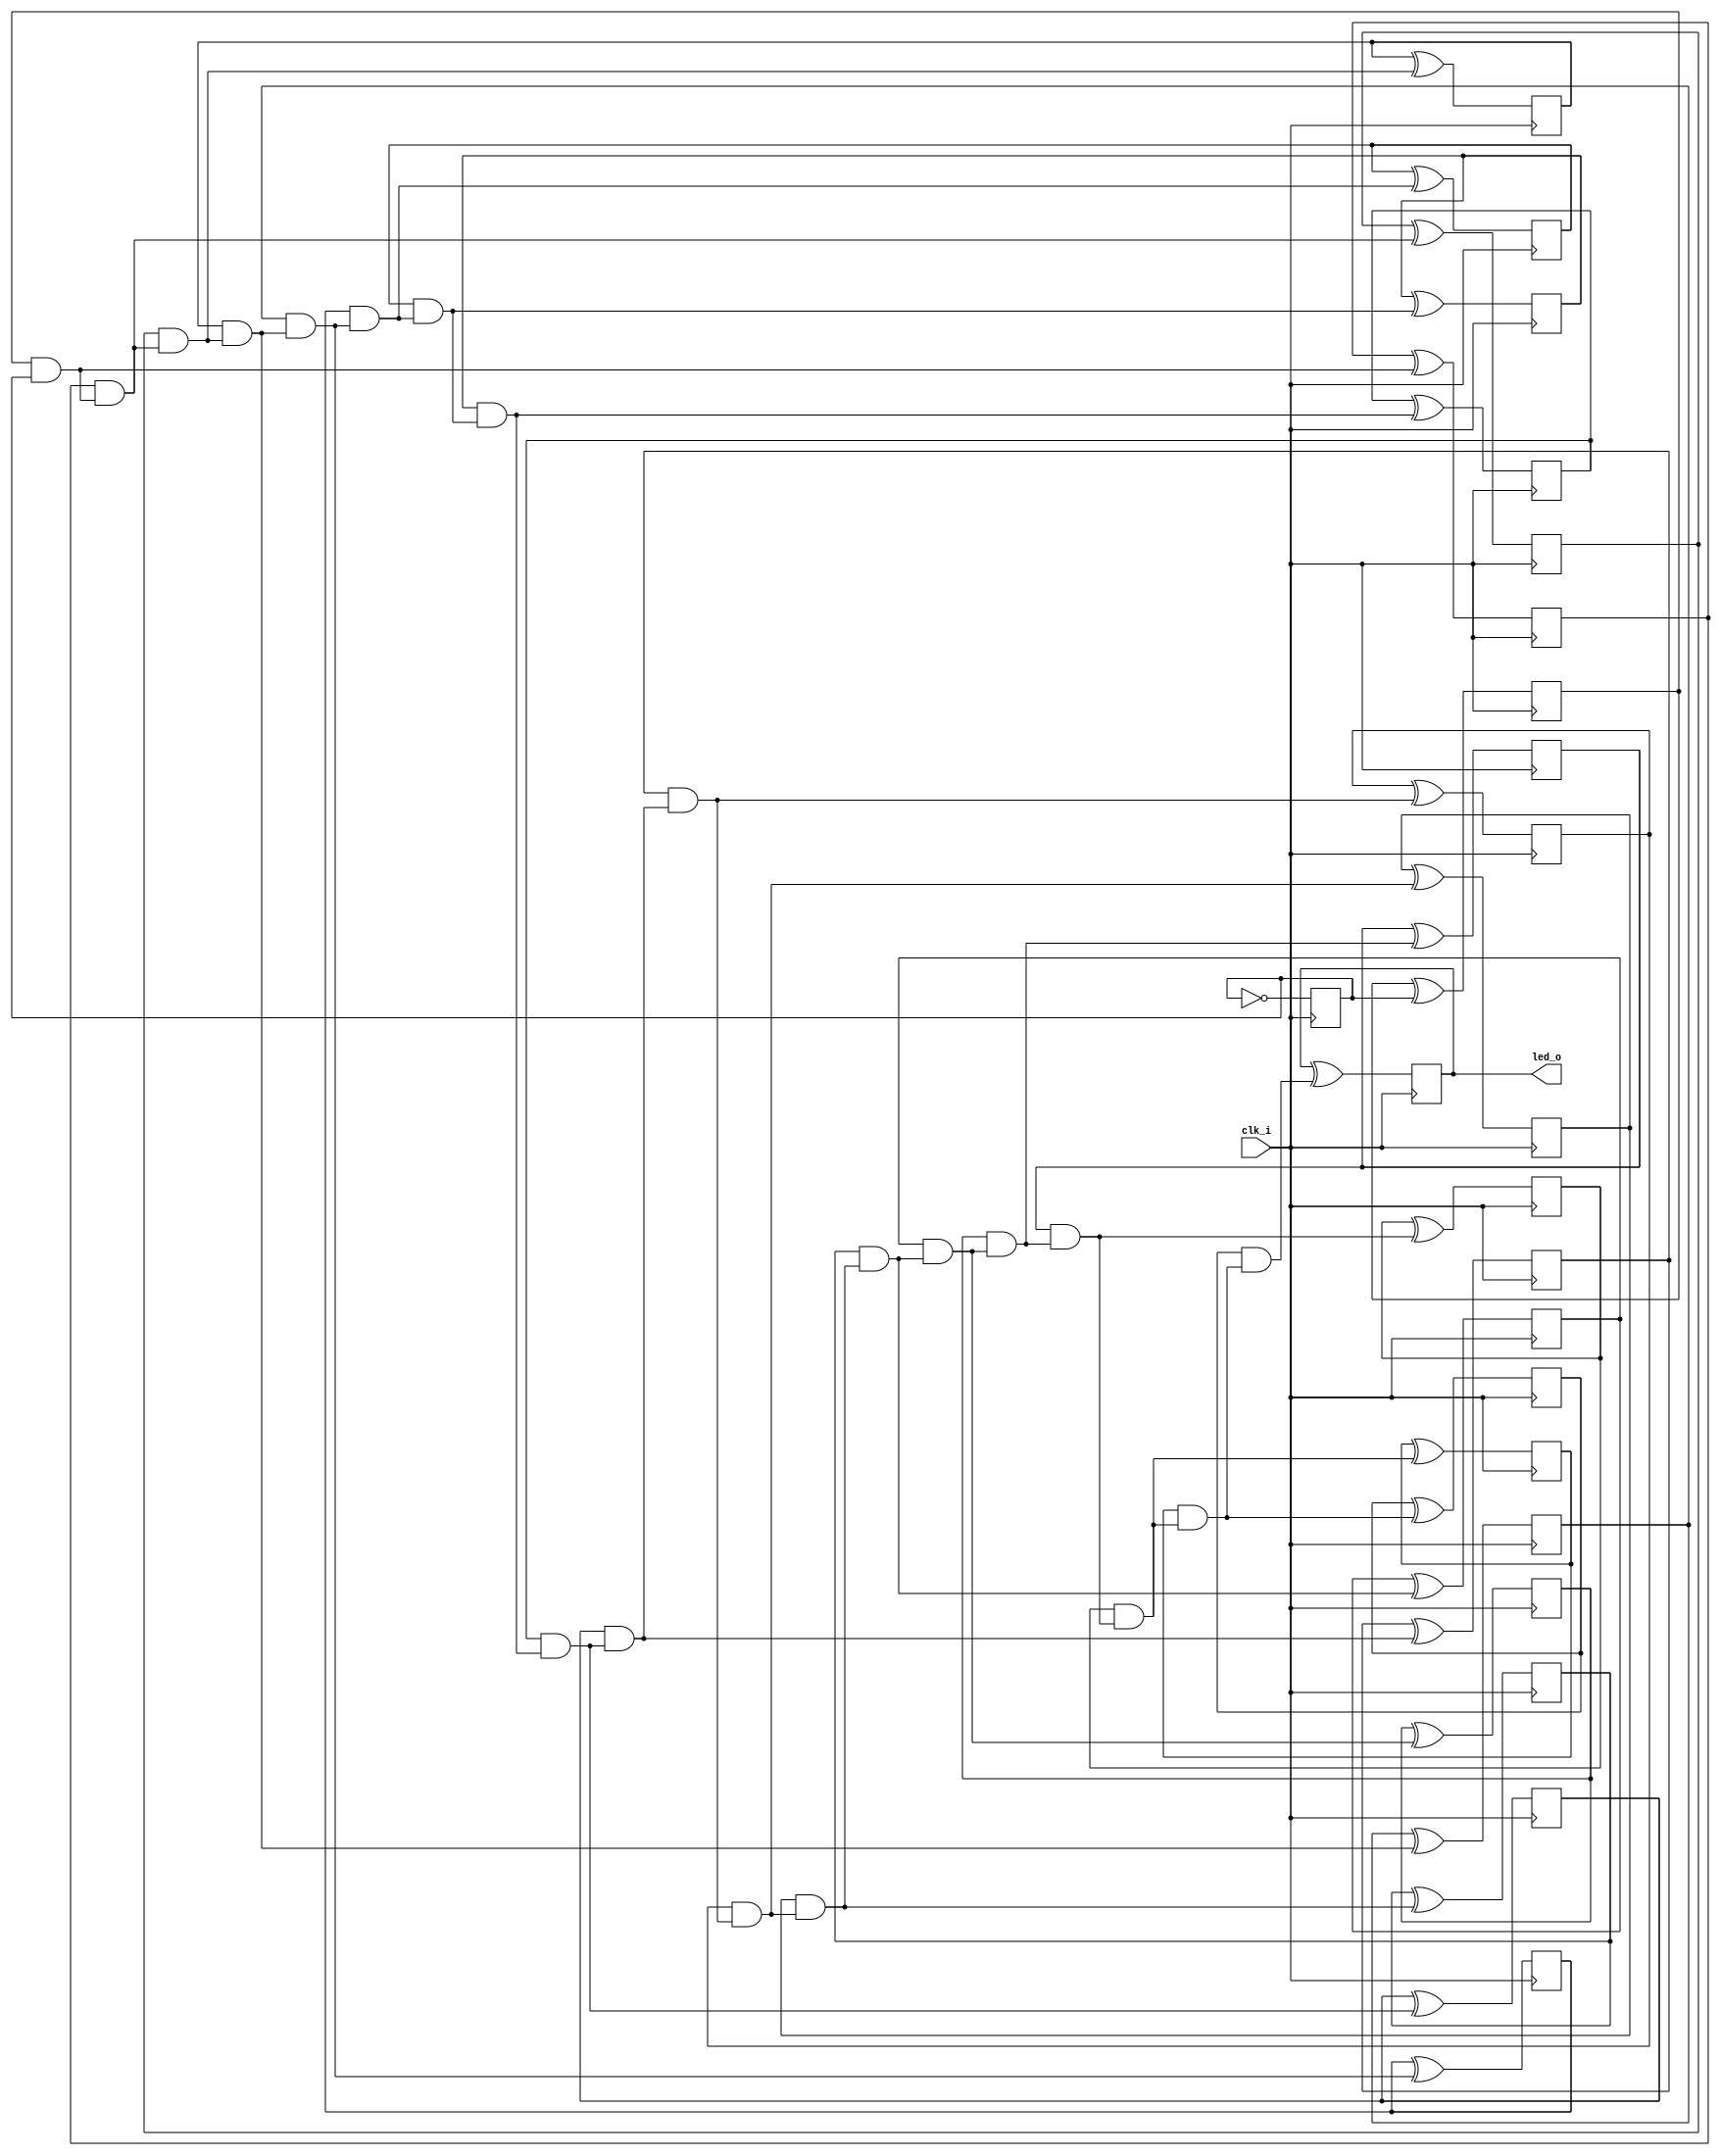
// Generated by MyHDL 0.11


`timescale 1ns/10ps

module blinker (
    clk_i,
    led_o
);
// Inputs:
//   clk_i:  This is a clock signal input.
//   length: This is the number of bits in the counter that generates the led_o output.
// Outputs:
//   led_o:  This is an output signal that drives an LED on and off.

input clk_i;
output led_o;
wire led_o;

wire [21:0] cnt;
wire [21:0] k_one;
wire [21:0] k_next_cnt;
reg k_k_k_q_o;
reg k_k_chunk_insts_21_q_o;
reg k_k_chunk_insts_12_q_o;
reg k_k_chunk_insts_20_q_o;
reg k_k_chunk_insts_19_q_o;
reg k_k_chunk_insts_18_q_o;
reg k_k_chunk_insts_17_q_o;
reg k_k_chunk_insts_16_q_o;
reg k_k_chunk_insts_15_q_o;
reg k_k_chunk_insts_14_q_o;
reg k_k_chunk_insts_13_q_o;
reg k_k_chunk_insts_11_q_o;
reg k_k_chunk_insts_1_q_o;
reg k_k_chunk_insts_0_q_o;
reg k_k_chunk_insts_10_q_o;
reg k_k_chunk_insts_9_q_o;
reg k_k_chunk_insts_5_q_o;
reg k_k_chunk_insts_8_q_o;
reg k_k_chunk_insts_7_q_o;
reg k_k_chunk_insts_6_q_o;
reg k_k_chunk_insts_4_q_o;
reg k_k_chunk_insts_3_q_o;
wire [21:0] k_k_chunk_insts_3_chunk_insts_2_a;
wire [22:0] k_chunk_insts_0_c;
wire k_chunk_insts_0_chunk_insts_11_s_o;
wire k_chunk_insts_0_chunk_insts_11_c_o;
wire k_chunk_insts_0_chunk_insts_10_s_o;
wire k_chunk_insts_0_chunk_insts_10_c_o;
wire k_chunk_insts_0_chunk_insts_14_s_o;
wire k_chunk_insts_0_chunk_insts_14_c_o;
wire k_chunk_insts_0_chunk_insts_18_s_o;
wire k_chunk_insts_0_chunk_insts_18_c_o;
wire k_chunk_insts_0_k_s_o;
wire k_chunk_insts_0_k_c_o;
wire k_chunk_insts_0_chunk_insts_22_s_o;
wire k_chunk_insts_0_chunk_insts_22_c_o;
wire k_chunk_insts_0_chunk_insts_21_s_o;
wire k_chunk_insts_0_chunk_insts_21_c_o;
wire k_chunk_insts_0_chunk_insts_20_s_o;
wire k_chunk_insts_0_chunk_insts_20_c_o;
wire k_chunk_insts_0_chunk_insts_19_s_o;
wire k_chunk_insts_0_chunk_insts_19_c_o;
wire k_chunk_insts_0_chunk_insts_17_s_o;
wire k_chunk_insts_0_chunk_insts_17_c_o;
wire k_chunk_insts_0_chunk_insts_16_s_o;
wire k_chunk_insts_0_chunk_insts_16_c_o;
wire k_chunk_insts_0_chunk_insts_15_s_o;
wire k_chunk_insts_0_chunk_insts_15_c_o;
wire k_chunk_insts_0_chunk_insts_9_s_o;
wire k_chunk_insts_0_chunk_insts_9_c_o;
wire k_chunk_insts_0_chunk_insts_13_s_o;
wire k_chunk_insts_0_chunk_insts_13_c_o;
wire k_chunk_insts_0_chunk_insts_12_s_o;
wire k_chunk_insts_0_chunk_insts_12_c_o;
wire k_chunk_insts_0_chunk_insts_8_s_o;
wire k_chunk_insts_0_chunk_insts_8_c_o;
wire k_chunk_insts_0_chunk_insts_1_s_o;
wire k_chunk_insts_0_chunk_insts_1_c_o;
wire k_chunk_insts_0_chunk_insts_4_s_o;
wire k_chunk_insts_0_chunk_insts_4_c_o;
wire k_chunk_insts_0_chunk_insts_0_s_o;
wire k_chunk_insts_0_chunk_insts_0_c_o;
wire k_chunk_insts_0_chunk_insts_2_s_o;
wire k_chunk_insts_0_chunk_insts_2_c_o;
wire k_chunk_insts_0_chunk_insts_6_s_o;
wire k_chunk_insts_0_chunk_insts_6_c_o;
wire k_chunk_insts_0_chunk_insts_5_s_o;
wire k_chunk_insts_0_chunk_insts_5_c_o;
wire [21:0] k_chunk_insts_0_chunk_insts_5_chunk_insts_3_a;
wire [22:0] k_chunk_insts_0_chunk_insts_5_chunk_insts_7_a;

assign k_one = 22'd1;
assign k_k_chunk_insts_3_chunk_insts_2_a[21] = k_k_k_q_o;
assign k_k_chunk_insts_3_chunk_insts_2_a[20] = k_k_chunk_insts_21_q_o;
assign k_k_chunk_insts_3_chunk_insts_2_a[19] = k_k_chunk_insts_12_q_o;
assign k_k_chunk_insts_3_chunk_insts_2_a[18] = k_k_chunk_insts_20_q_o;
assign k_k_chunk_insts_3_chunk_insts_2_a[17] = k_k_chunk_insts_19_q_o;
assign k_k_chunk_insts_3_chunk_insts_2_a[16] = k_k_chunk_insts_18_q_o;
assign k_k_chunk_insts_3_chunk_insts_2_a[15] = k_k_chunk_insts_17_q_o;
assign k_k_chunk_insts_3_chunk_insts_2_a[14] = k_k_chunk_insts_16_q_o;
assign k_k_chunk_insts_3_chunk_insts_2_a[13] = k_k_chunk_insts_15_q_o;
assign k_k_chunk_insts_3_chunk_insts_2_a[12] = k_k_chunk_insts_14_q_o;
assign k_k_chunk_insts_3_chunk_insts_2_a[11] = k_k_chunk_insts_13_q_o;
assign k_k_chunk_insts_3_chunk_insts_2_a[10] = k_k_chunk_insts_11_q_o;
assign k_k_chunk_insts_3_chunk_insts_2_a[9] = k_k_chunk_insts_1_q_o;
assign k_k_chunk_insts_3_chunk_insts_2_a[8] = k_k_chunk_insts_0_q_o;
assign k_k_chunk_insts_3_chunk_insts_2_a[7] = k_k_chunk_insts_10_q_o;
assign k_k_chunk_insts_3_chunk_insts_2_a[6] = k_k_chunk_insts_9_q_o;
assign k_k_chunk_insts_3_chunk_insts_2_a[5] = k_k_chunk_insts_5_q_o;
assign k_k_chunk_insts_3_chunk_insts_2_a[4] = k_k_chunk_insts_8_q_o;
assign k_k_chunk_insts_3_chunk_insts_2_a[3] = k_k_chunk_insts_7_q_o;
assign k_k_chunk_insts_3_chunk_insts_2_a[2] = k_k_chunk_insts_6_q_o;
assign k_k_chunk_insts_3_chunk_insts_2_a[1] = k_k_chunk_insts_4_q_o;
assign k_k_chunk_insts_3_chunk_insts_2_a[0] = k_k_chunk_insts_3_q_o;
assign k_chunk_insts_0_chunk_insts_5_chunk_insts_3_a[21] = k_chunk_insts_0_chunk_insts_11_s_o;
assign k_chunk_insts_0_chunk_insts_5_chunk_insts_3_a[20] = k_chunk_insts_0_chunk_insts_10_s_o;
assign k_chunk_insts_0_chunk_insts_5_chunk_insts_3_a[19] = k_chunk_insts_0_chunk_insts_14_s_o;
assign k_chunk_insts_0_chunk_insts_5_chunk_insts_3_a[18] = k_chunk_insts_0_chunk_insts_18_s_o;
assign k_chunk_insts_0_chunk_insts_5_chunk_insts_3_a[17] = k_chunk_insts_0_k_s_o;
assign k_chunk_insts_0_chunk_insts_5_chunk_insts_3_a[16] = k_chunk_insts_0_chunk_insts_22_s_o;
assign k_chunk_insts_0_chunk_insts_5_chunk_insts_3_a[15] = k_chunk_insts_0_chunk_insts_21_s_o;
assign k_chunk_insts_0_chunk_insts_5_chunk_insts_3_a[14] = k_chunk_insts_0_chunk_insts_20_s_o;
assign k_chunk_insts_0_chunk_insts_5_chunk_insts_3_a[13] = k_chunk_insts_0_chunk_insts_19_s_o;
assign k_chunk_insts_0_chunk_insts_5_chunk_insts_3_a[12] = k_chunk_insts_0_chunk_insts_17_s_o;
assign k_chunk_insts_0_chunk_insts_5_chunk_insts_3_a[11] = k_chunk_insts_0_chunk_insts_16_s_o;
assign k_chunk_insts_0_chunk_insts_5_chunk_insts_3_a[10] = k_chunk_insts_0_chunk_insts_15_s_o;
assign k_chunk_insts_0_chunk_insts_5_chunk_insts_3_a[9] = k_chunk_insts_0_chunk_insts_9_s_o;
assign k_chunk_insts_0_chunk_insts_5_chunk_insts_3_a[8] = k_chunk_insts_0_chunk_insts_13_s_o;
assign k_chunk_insts_0_chunk_insts_5_chunk_insts_3_a[7] = k_chunk_insts_0_chunk_insts_12_s_o;
assign k_chunk_insts_0_chunk_insts_5_chunk_insts_3_a[6] = k_chunk_insts_0_chunk_insts_8_s_o;
assign k_chunk_insts_0_chunk_insts_5_chunk_insts_3_a[5] = k_chunk_insts_0_chunk_insts_1_s_o;
assign k_chunk_insts_0_chunk_insts_5_chunk_insts_3_a[4] = k_chunk_insts_0_chunk_insts_4_s_o;
assign k_chunk_insts_0_chunk_insts_5_chunk_insts_3_a[3] = k_chunk_insts_0_chunk_insts_0_s_o;
assign k_chunk_insts_0_chunk_insts_5_chunk_insts_3_a[2] = k_chunk_insts_0_chunk_insts_2_s_o;
assign k_chunk_insts_0_chunk_insts_5_chunk_insts_3_a[1] = k_chunk_insts_0_chunk_insts_6_s_o;
assign k_chunk_insts_0_chunk_insts_5_chunk_insts_3_a[0] = k_chunk_insts_0_chunk_insts_5_s_o;
assign k_chunk_insts_0_chunk_insts_5_chunk_insts_7_a[22] = k_chunk_insts_0_chunk_insts_11_c_o;
assign k_chunk_insts_0_chunk_insts_5_chunk_insts_7_a[21] = k_chunk_insts_0_chunk_insts_10_c_o;
assign k_chunk_insts_0_chunk_insts_5_chunk_insts_7_a[20] = k_chunk_insts_0_chunk_insts_14_c_o;
assign k_chunk_insts_0_chunk_insts_5_chunk_insts_7_a[19] = k_chunk_insts_0_chunk_insts_18_c_o;
assign k_chunk_insts_0_chunk_insts_5_chunk_insts_7_a[18] = k_chunk_insts_0_k_c_o;
assign k_chunk_insts_0_chunk_insts_5_chunk_insts_7_a[17] = k_chunk_insts_0_chunk_insts_22_c_o;
assign k_chunk_insts_0_chunk_insts_5_chunk_insts_7_a[16] = k_chunk_insts_0_chunk_insts_21_c_o;
assign k_chunk_insts_0_chunk_insts_5_chunk_insts_7_a[15] = k_chunk_insts_0_chunk_insts_20_c_o;
assign k_chunk_insts_0_chunk_insts_5_chunk_insts_7_a[14] = k_chunk_insts_0_chunk_insts_19_c_o;
assign k_chunk_insts_0_chunk_insts_5_chunk_insts_7_a[13] = k_chunk_insts_0_chunk_insts_17_c_o;
assign k_chunk_insts_0_chunk_insts_5_chunk_insts_7_a[12] = k_chunk_insts_0_chunk_insts_16_c_o;
assign k_chunk_insts_0_chunk_insts_5_chunk_insts_7_a[11] = k_chunk_insts_0_chunk_insts_15_c_o;
assign k_chunk_insts_0_chunk_insts_5_chunk_insts_7_a[10] = k_chunk_insts_0_chunk_insts_9_c_o;
assign k_chunk_insts_0_chunk_insts_5_chunk_insts_7_a[9] = k_chunk_insts_0_chunk_insts_13_c_o;
assign k_chunk_insts_0_chunk_insts_5_chunk_insts_7_a[8] = k_chunk_insts_0_chunk_insts_12_c_o;
assign k_chunk_insts_0_chunk_insts_5_chunk_insts_7_a[7] = k_chunk_insts_0_chunk_insts_8_c_o;
assign k_chunk_insts_0_chunk_insts_5_chunk_insts_7_a[6] = k_chunk_insts_0_chunk_insts_1_c_o;
assign k_chunk_insts_0_chunk_insts_5_chunk_insts_7_a[5] = k_chunk_insts_0_chunk_insts_4_c_o;
assign k_chunk_insts_0_chunk_insts_5_chunk_insts_7_a[4] = k_chunk_insts_0_chunk_insts_0_c_o;
assign k_chunk_insts_0_chunk_insts_5_chunk_insts_7_a[3] = k_chunk_insts_0_chunk_insts_2_c_o;
assign k_chunk_insts_0_chunk_insts_5_chunk_insts_7_a[2] = k_chunk_insts_0_chunk_insts_6_c_o;
assign k_chunk_insts_0_chunk_insts_5_chunk_insts_7_a[1] = k_chunk_insts_0_chunk_insts_5_c_o;
assign k_chunk_insts_0_chunk_insts_5_chunk_insts_7_a[0] = 0;


assign led_o = cnt[(22 - 1)];



assign k_chunk_insts_0_chunk_insts_0_s_o = ((k_one[3] ^ cnt[3]) ^ k_chunk_insts_0_c[3]);
assign k_chunk_insts_0_chunk_insts_0_c_o = (((k_one[3] & cnt[3]) | (k_one[3] & k_chunk_insts_0_c[3])) | (cnt[3] & k_chunk_insts_0_c[3]));



assign k_chunk_insts_0_chunk_insts_1_s_o = ((k_one[5] ^ cnt[5]) ^ k_chunk_insts_0_c[5]);
assign k_chunk_insts_0_chunk_insts_1_c_o = (((k_one[5] & cnt[5]) | (k_one[5] & k_chunk_insts_0_c[5])) | (cnt[5] & k_chunk_insts_0_c[5]));



assign k_chunk_insts_0_chunk_insts_2_s_o = ((k_one[2] ^ cnt[2]) ^ k_chunk_insts_0_c[2]);
assign k_chunk_insts_0_chunk_insts_2_c_o = (((k_one[2] & cnt[2]) | (k_one[2] & k_chunk_insts_0_c[2])) | (cnt[2] & k_chunk_insts_0_c[2]));



assign k_next_cnt = k_chunk_insts_0_chunk_insts_5_chunk_insts_3_a;



assign k_chunk_insts_0_chunk_insts_4_s_o = ((k_one[4] ^ cnt[4]) ^ k_chunk_insts_0_c[4]);
assign k_chunk_insts_0_chunk_insts_4_c_o = (((k_one[4] & cnt[4]) | (k_one[4] & k_chunk_insts_0_c[4])) | (cnt[4] & k_chunk_insts_0_c[4]));



assign k_chunk_insts_0_chunk_insts_5_s_o = ((k_one[0] ^ cnt[0]) ^ k_chunk_insts_0_c[0]);
assign k_chunk_insts_0_chunk_insts_5_c_o = (((k_one[0] & cnt[0]) | (k_one[0] & k_chunk_insts_0_c[0])) | (cnt[0] & k_chunk_insts_0_c[0]));



assign k_chunk_insts_0_chunk_insts_6_s_o = ((k_one[1] ^ cnt[1]) ^ k_chunk_insts_0_c[1]);
assign k_chunk_insts_0_chunk_insts_6_c_o = (((k_one[1] & cnt[1]) | (k_one[1] & k_chunk_insts_0_c[1])) | (cnt[1] & k_chunk_insts_0_c[1]));



assign k_chunk_insts_0_c = k_chunk_insts_0_chunk_insts_5_chunk_insts_7_a;



assign k_chunk_insts_0_chunk_insts_8_s_o = ((k_one[6] ^ cnt[6]) ^ k_chunk_insts_0_c[6]);
assign k_chunk_insts_0_chunk_insts_8_c_o = (((k_one[6] & cnt[6]) | (k_one[6] & k_chunk_insts_0_c[6])) | (cnt[6] & k_chunk_insts_0_c[6]));



assign k_chunk_insts_0_chunk_insts_9_s_o = ((k_one[9] ^ cnt[9]) ^ k_chunk_insts_0_c[9]);
assign k_chunk_insts_0_chunk_insts_9_c_o = (((k_one[9] & cnt[9]) | (k_one[9] & k_chunk_insts_0_c[9])) | (cnt[9] & k_chunk_insts_0_c[9]));



assign k_chunk_insts_0_chunk_insts_10_s_o = ((k_one[20] ^ cnt[20]) ^ k_chunk_insts_0_c[20]);
assign k_chunk_insts_0_chunk_insts_10_c_o = (((k_one[20] & cnt[20]) | (k_one[20] & k_chunk_insts_0_c[20])) | (cnt[20] & k_chunk_insts_0_c[20]));



assign k_chunk_insts_0_chunk_insts_11_s_o = ((k_one[21] ^ cnt[21]) ^ k_chunk_insts_0_c[21]);
assign k_chunk_insts_0_chunk_insts_11_c_o = (((k_one[21] & cnt[21]) | (k_one[21] & k_chunk_insts_0_c[21])) | (cnt[21] & k_chunk_insts_0_c[21]));



assign k_chunk_insts_0_chunk_insts_12_s_o = ((k_one[7] ^ cnt[7]) ^ k_chunk_insts_0_c[7]);
assign k_chunk_insts_0_chunk_insts_12_c_o = (((k_one[7] & cnt[7]) | (k_one[7] & k_chunk_insts_0_c[7])) | (cnt[7] & k_chunk_insts_0_c[7]));



assign k_chunk_insts_0_chunk_insts_13_s_o = ((k_one[8] ^ cnt[8]) ^ k_chunk_insts_0_c[8]);
assign k_chunk_insts_0_chunk_insts_13_c_o = (((k_one[8] & cnt[8]) | (k_one[8] & k_chunk_insts_0_c[8])) | (cnt[8] & k_chunk_insts_0_c[8]));



assign k_chunk_insts_0_chunk_insts_14_s_o = ((k_one[19] ^ cnt[19]) ^ k_chunk_insts_0_c[19]);
assign k_chunk_insts_0_chunk_insts_14_c_o = (((k_one[19] & cnt[19]) | (k_one[19] & k_chunk_insts_0_c[19])) | (cnt[19] & k_chunk_insts_0_c[19]));



assign k_chunk_insts_0_chunk_insts_15_s_o = ((k_one[10] ^ cnt[10]) ^ k_chunk_insts_0_c[10]);
assign k_chunk_insts_0_chunk_insts_15_c_o = (((k_one[10] & cnt[10]) | (k_one[10] & k_chunk_insts_0_c[10])) | (cnt[10] & k_chunk_insts_0_c[10]));



assign k_chunk_insts_0_chunk_insts_16_s_o = ((k_one[11] ^ cnt[11]) ^ k_chunk_insts_0_c[11]);
assign k_chunk_insts_0_chunk_insts_16_c_o = (((k_one[11] & cnt[11]) | (k_one[11] & k_chunk_insts_0_c[11])) | (cnt[11] & k_chunk_insts_0_c[11]));



assign k_chunk_insts_0_chunk_insts_17_s_o = ((k_one[12] ^ cnt[12]) ^ k_chunk_insts_0_c[12]);
assign k_chunk_insts_0_chunk_insts_17_c_o = (((k_one[12] & cnt[12]) | (k_one[12] & k_chunk_insts_0_c[12])) | (cnt[12] & k_chunk_insts_0_c[12]));



assign k_chunk_insts_0_chunk_insts_18_s_o = ((k_one[18] ^ cnt[18]) ^ k_chunk_insts_0_c[18]);
assign k_chunk_insts_0_chunk_insts_18_c_o = (((k_one[18] & cnt[18]) | (k_one[18] & k_chunk_insts_0_c[18])) | (cnt[18] & k_chunk_insts_0_c[18]));



assign k_chunk_insts_0_chunk_insts_19_s_o = ((k_one[13] ^ cnt[13]) ^ k_chunk_insts_0_c[13]);
assign k_chunk_insts_0_chunk_insts_19_c_o = (((k_one[13] & cnt[13]) | (k_one[13] & k_chunk_insts_0_c[13])) | (cnt[13] & k_chunk_insts_0_c[13]));



assign k_chunk_insts_0_chunk_insts_20_s_o = ((k_one[14] ^ cnt[14]) ^ k_chunk_insts_0_c[14]);
assign k_chunk_insts_0_chunk_insts_20_c_o = (((k_one[14] & cnt[14]) | (k_one[14] & k_chunk_insts_0_c[14])) | (cnt[14] & k_chunk_insts_0_c[14]));



assign k_chunk_insts_0_chunk_insts_21_s_o = ((k_one[15] ^ cnt[15]) ^ k_chunk_insts_0_c[15]);
assign k_chunk_insts_0_chunk_insts_21_c_o = (((k_one[15] & cnt[15]) | (k_one[15] & k_chunk_insts_0_c[15])) | (cnt[15] & k_chunk_insts_0_c[15]));



assign k_chunk_insts_0_chunk_insts_22_s_o = ((k_one[16] ^ cnt[16]) ^ k_chunk_insts_0_c[16]);
assign k_chunk_insts_0_chunk_insts_22_c_o = (((k_one[16] & cnt[16]) | (k_one[16] & k_chunk_insts_0_c[16])) | (cnt[16] & k_chunk_insts_0_c[16]));



assign k_chunk_insts_0_k_s_o = ((k_one[17] ^ cnt[17]) ^ k_chunk_insts_0_c[17]);
assign k_chunk_insts_0_k_c_o = (((k_one[17] & cnt[17]) | (k_one[17] & k_chunk_insts_0_c[17])) | (cnt[17] & k_chunk_insts_0_c[17]));


always @(posedge clk_i) begin: BLINKER_LOC_INSTS_CHUNK_INSTS_K_LOC_INSTS_CHUNK_INSTS_K_LOC_INSTS_CHUNK_INSTS_0_LOC_INSTS_CHUNK_INSTS_K
    k_k_chunk_insts_0_q_o <= k_next_cnt[8];
end


always @(posedge clk_i) begin: BLINKER_LOC_INSTS_CHUNK_INSTS_K_LOC_INSTS_CHUNK_INSTS_K_LOC_INSTS_CHUNK_INSTS_1_LOC_INSTS_CHUNK_INSTS_K
    k_k_chunk_insts_1_q_o <= k_next_cnt[9];
end



assign cnt = k_k_chunk_insts_3_chunk_insts_2_a;


always @(posedge clk_i) begin: BLINKER_LOC_INSTS_CHUNK_INSTS_K_LOC_INSTS_CHUNK_INSTS_K_LOC_INSTS_CHUNK_INSTS_3_LOC_INSTS_CHUNK_INSTS_K
    k_k_chunk_insts_3_q_o <= k_next_cnt[0];
end


always @(posedge clk_i) begin: BLINKER_LOC_INSTS_CHUNK_INSTS_K_LOC_INSTS_CHUNK_INSTS_K_LOC_INSTS_CHUNK_INSTS_4_LOC_INSTS_CHUNK_INSTS_K
    k_k_chunk_insts_4_q_o <= k_next_cnt[1];
end


always @(posedge clk_i) begin: BLINKER_LOC_INSTS_CHUNK_INSTS_K_LOC_INSTS_CHUNK_INSTS_K_LOC_INSTS_CHUNK_INSTS_5_LOC_INSTS_CHUNK_INSTS_K
    k_k_chunk_insts_5_q_o <= k_next_cnt[5];
end


always @(posedge clk_i) begin: BLINKER_LOC_INSTS_CHUNK_INSTS_K_LOC_INSTS_CHUNK_INSTS_K_LOC_INSTS_CHUNK_INSTS_6_LOC_INSTS_CHUNK_INSTS_K
    k_k_chunk_insts_6_q_o <= k_next_cnt[2];
end


always @(posedge clk_i) begin: BLINKER_LOC_INSTS_CHUNK_INSTS_K_LOC_INSTS_CHUNK_INSTS_K_LOC_INSTS_CHUNK_INSTS_7_LOC_INSTS_CHUNK_INSTS_K
    k_k_chunk_insts_7_q_o <= k_next_cnt[3];
end


always @(posedge clk_i) begin: BLINKER_LOC_INSTS_CHUNK_INSTS_K_LOC_INSTS_CHUNK_INSTS_K_LOC_INSTS_CHUNK_INSTS_8_LOC_INSTS_CHUNK_INSTS_K
    k_k_chunk_insts_8_q_o <= k_next_cnt[4];
end


always @(posedge clk_i) begin: BLINKER_LOC_INSTS_CHUNK_INSTS_K_LOC_INSTS_CHUNK_INSTS_K_LOC_INSTS_CHUNK_INSTS_9_LOC_INSTS_CHUNK_INSTS_K
    k_k_chunk_insts_9_q_o <= k_next_cnt[6];
end


always @(posedge clk_i) begin: BLINKER_LOC_INSTS_CHUNK_INSTS_K_LOC_INSTS_CHUNK_INSTS_K_LOC_INSTS_CHUNK_INSTS_10_LOC_INSTS_CHUNK_INSTS_K
    k_k_chunk_insts_10_q_o <= k_next_cnt[7];
end


always @(posedge clk_i) begin: BLINKER_LOC_INSTS_CHUNK_INSTS_K_LOC_INSTS_CHUNK_INSTS_K_LOC_INSTS_CHUNK_INSTS_11_LOC_INSTS_CHUNK_INSTS_K
    k_k_chunk_insts_11_q_o <= k_next_cnt[10];
end


always @(posedge clk_i) begin: BLINKER_LOC_INSTS_CHUNK_INSTS_K_LOC_INSTS_CHUNK_INSTS_K_LOC_INSTS_CHUNK_INSTS_12_LOC_INSTS_CHUNK_INSTS_K
    k_k_chunk_insts_12_q_o <= k_next_cnt[19];
end


always @(posedge clk_i) begin: BLINKER_LOC_INSTS_CHUNK_INSTS_K_LOC_INSTS_CHUNK_INSTS_K_LOC_INSTS_CHUNK_INSTS_13_LOC_INSTS_CHUNK_INSTS_K
    k_k_chunk_insts_13_q_o <= k_next_cnt[11];
end


always @(posedge clk_i) begin: BLINKER_LOC_INSTS_CHUNK_INSTS_K_LOC_INSTS_CHUNK_INSTS_K_LOC_INSTS_CHUNK_INSTS_14_LOC_INSTS_CHUNK_INSTS_K
    k_k_chunk_insts_14_q_o <= k_next_cnt[12];
end


always @(posedge clk_i) begin: BLINKER_LOC_INSTS_CHUNK_INSTS_K_LOC_INSTS_CHUNK_INSTS_K_LOC_INSTS_CHUNK_INSTS_15_LOC_INSTS_CHUNK_INSTS_K
    k_k_chunk_insts_15_q_o <= k_next_cnt[13];
end


always @(posedge clk_i) begin: BLINKER_LOC_INSTS_CHUNK_INSTS_K_LOC_INSTS_CHUNK_INSTS_K_LOC_INSTS_CHUNK_INSTS_16_LOC_INSTS_CHUNK_INSTS_K
    k_k_chunk_insts_16_q_o <= k_next_cnt[14];
end


always @(posedge clk_i) begin: BLINKER_LOC_INSTS_CHUNK_INSTS_K_LOC_INSTS_CHUNK_INSTS_K_LOC_INSTS_CHUNK_INSTS_17_LOC_INSTS_CHUNK_INSTS_K
    k_k_chunk_insts_17_q_o <= k_next_cnt[15];
end


always @(posedge clk_i) begin: BLINKER_LOC_INSTS_CHUNK_INSTS_K_LOC_INSTS_CHUNK_INSTS_K_LOC_INSTS_CHUNK_INSTS_18_LOC_INSTS_CHUNK_INSTS_K
    k_k_chunk_insts_18_q_o <= k_next_cnt[16];
end


always @(posedge clk_i) begin: BLINKER_LOC_INSTS_CHUNK_INSTS_K_LOC_INSTS_CHUNK_INSTS_K_LOC_INSTS_CHUNK_INSTS_19_LOC_INSTS_CHUNK_INSTS_K
    k_k_chunk_insts_19_q_o <= k_next_cnt[17];
end


always @(posedge clk_i) begin: BLINKER_LOC_INSTS_CHUNK_INSTS_K_LOC_INSTS_CHUNK_INSTS_K_LOC_INSTS_CHUNK_INSTS_20_LOC_INSTS_CHUNK_INSTS_K
    k_k_chunk_insts_20_q_o <= k_next_cnt[18];
end


always @(posedge clk_i) begin: BLINKER_LOC_INSTS_CHUNK_INSTS_K_LOC_INSTS_CHUNK_INSTS_K_LOC_INSTS_CHUNK_INSTS_21_LOC_INSTS_CHUNK_INSTS_K
    k_k_chunk_insts_21_q_o <= k_next_cnt[20];
end


always @(posedge clk_i) begin: BLINKER_LOC_INSTS_CHUNK_INSTS_K_LOC_INSTS_CHUNK_INSTS_K_LOC_INSTS_CHUNK_INSTS_K_LOC_INSTS_CHUNK_INSTS_K
    k_k_k_q_o <= k_next_cnt[21];
end

endmodule